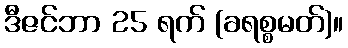
ဒီဇင်ဘာ 25 ရက် (ခရစ္စမတ်)။